Civil Veterinary Department Bihar & Orissa reports 1911-21 - 1911-1921
Year: 1911
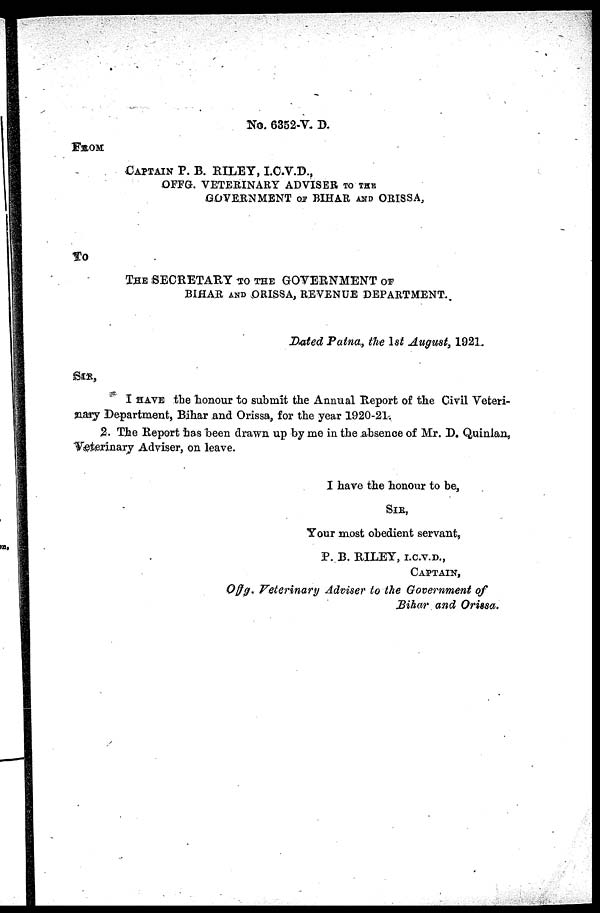
No. 6352-V. D.
FROM
CAPTAIN P. B. RILEY, I.C.V.D.,
OFFG. VETERINARY ADVISER TO THE
GOVERNMENT OF BIHAR AND ORISSA,
TO
THE SECRETARY TO THE GOVERNMENT OF
BIHAR AND ORISSA, REVENUE DEPARTMENT.
Dated Patna, the 1st August, 1921.
I HAVE the honour to submit the Annual Report of the Civil Veteri-
nary Department, Bihar and Orissa, for the year 1920-21.
2. The Report has been drawn up by me in the absence of Mr. D. Quinlan,
Veterinary Adviser, on leave.
I have the honour to be,
SIR,
Your most obedient servant,
P. B. RILEY, I.C.V.D.,
CAPTAIN ,
Offg. Veterinary Adviser to the Government of
Bihar and Orissa.